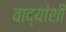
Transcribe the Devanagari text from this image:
वाद्यांशी